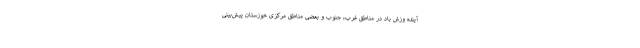
آینده وزش باد در مناطق غرب، جنوب و بعضی مناطق مرکزی خوزستان پیش‌بینی